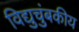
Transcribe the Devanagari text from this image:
विद्युचुंबकीय